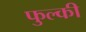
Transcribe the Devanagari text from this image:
फुल्‍की